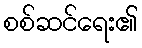
စစ်ဆင်ရေး၏